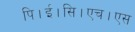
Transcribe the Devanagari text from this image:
पि।ई।सि।एच।एस